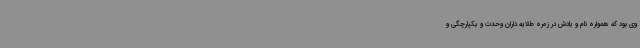
وی بود که همواره نام و یادش در زمره طلایه داران وحدت و یکپارچگی و